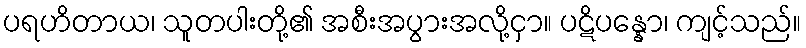
ပရဟိတာယ၊ သူတပါးတို့၏ အစီးအပွားအလို့ငှာ။ ပဋိပန္နော၊ ကျင့်သည်။